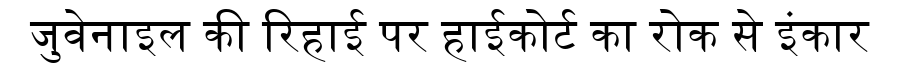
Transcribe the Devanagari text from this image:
जुवेनाइल की रिहाई पर हाईकोर्ट का रोक से इंकार